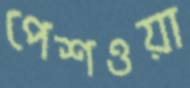
পেশওয়া